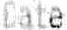
DATE